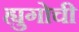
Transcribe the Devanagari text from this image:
ह्युगोची